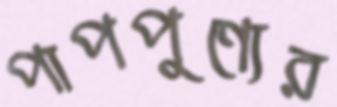
পাপপুণ্যের